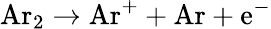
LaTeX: \mathrm{Ar_{2}}\rightarrow\mathrm{Ar^{+}}+\mathrm{Ar}+\mathrm{e^{-}}